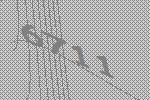
6711